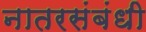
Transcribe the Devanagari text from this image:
नातरसंबंधी